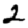
Digit: 2